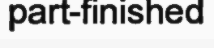
part-finished